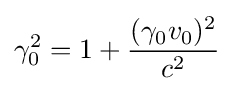
\gamma _{0}^{2}=1+{\frac {(\gamma _{0}v_{0})^{2}}{c^{2}}}